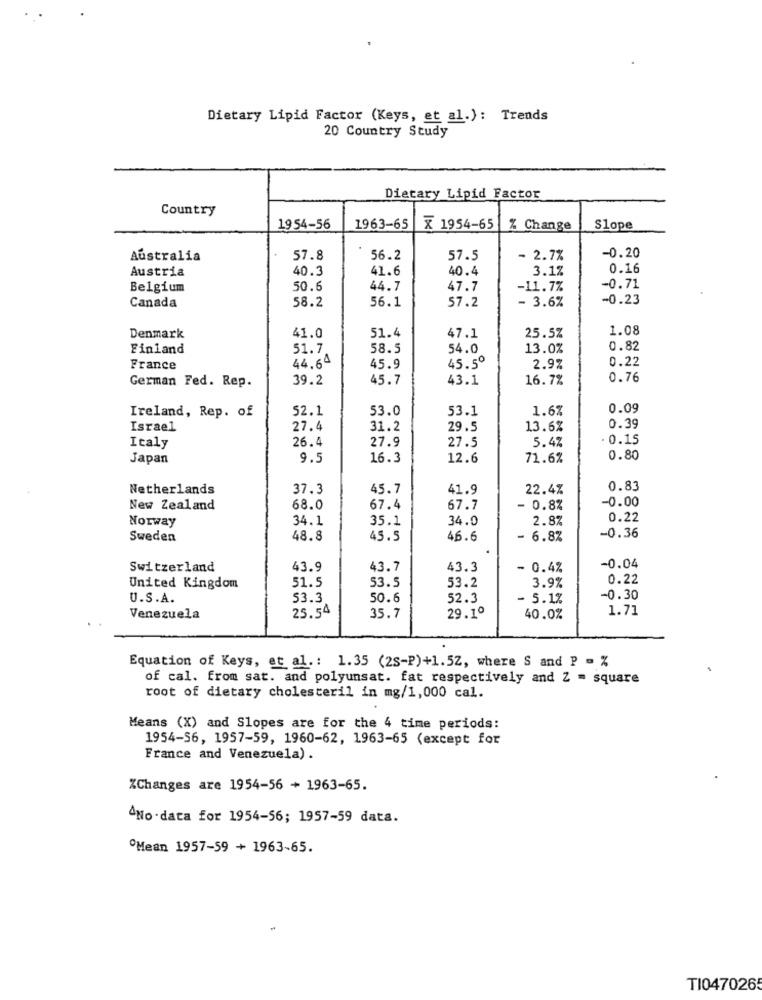
Dietary Lipid Factor (Keys, et al.): Trends
20 Country Study
Dietary Lipid Factor
Country
1954-56
1963-65
X 1954-65
% Change
Slope
Australia
57.8
56.2
57.5
- 2.7%
-0.20
Austria
40.3
41.6
40.4
3.1%
0.16
Belgium
50.6
44.7
47.7
-11.7%
-0.71
58.2
56.1
57.2
- 3.6%
-0.23
Canada
1.08
Denmark
41.0
51.4
47.1
25.5%
Finland
51.7
58.5
54.0
13.0%
0.82
44,64
0.22
France
45.9
45.5º
2.9%
German Fed. Rep.
39.2
45.7
43.1
16.7%
0.76
52.1
53.0
53.1
1.6%
0.09
Ireland, Rep. of
Israel
27.4
31.2
29.5
13.6%
0.39
26.4
27.9
27.5
5.4%
0.1
Italy
Japan
9.5
16.3
12.6
71.6%
0.80
Netherlands
37.3
45.7
41.9
22.4%
0.83
0.00
New Zealand
68.0
67.4
67.7
- 0.8%
Norway
34.1
35.1
34.0
2.8%
0.22
-0.36
Sweden
48.8
45.5
46.6
6.8%
-0.04
Switzerland
43.9
43.7
43.3
- 0.4%
51.5
53.5
53.2
3.9%
0.22
United Kingdom
U.S.A.
53.3
50.6
52.3
- 5.1%
-0.30
1.71
Venezuela
25.54
35.7
29.1º
40.0%
Equation of Keys, et al .: 1.35 (25-P)+1.5Z, where S and P = %
of cal. from sat. and polyunsat. fat respectively and Z = square
root of dietary cholesteril in mg/1,000 cal.
Means (X) and Slopes are for the 4 time periods:
1954-56, 1957-59, 1960-62, 1963-65 (except for
France and Venezuela) .
%Changes are 1954-56 + 1963-65.
^No.data for 1954-56; 1957-59 data.
Mean 1957-59 + 1963-65.
TI047026